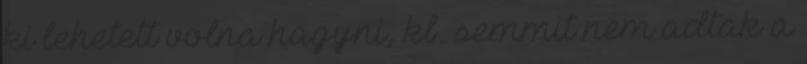
ki lehetett volna hagyni, kb. semmit nem adtak a